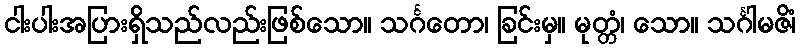
ငါးပါးအပြားရှိသည်လည်းဖြစ်သော။ သင်္ဂတော၊ ခြင်းမှ။ မုတ္တံ၊ သော။ သင်္ဂါမဇိံ၊